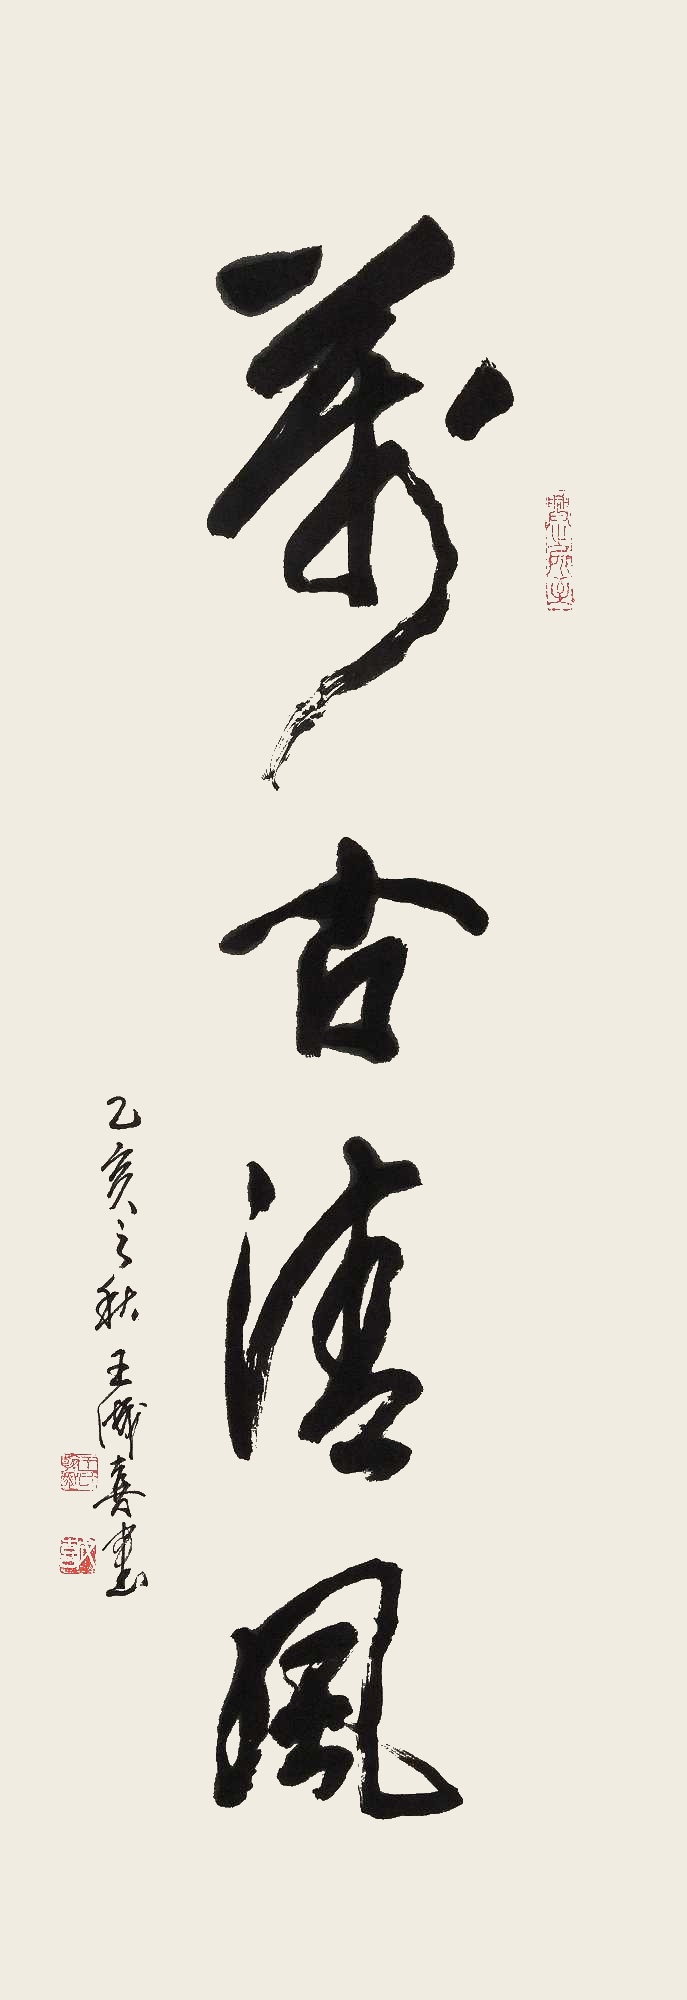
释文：万古清风乙亥之秋王成喜书。